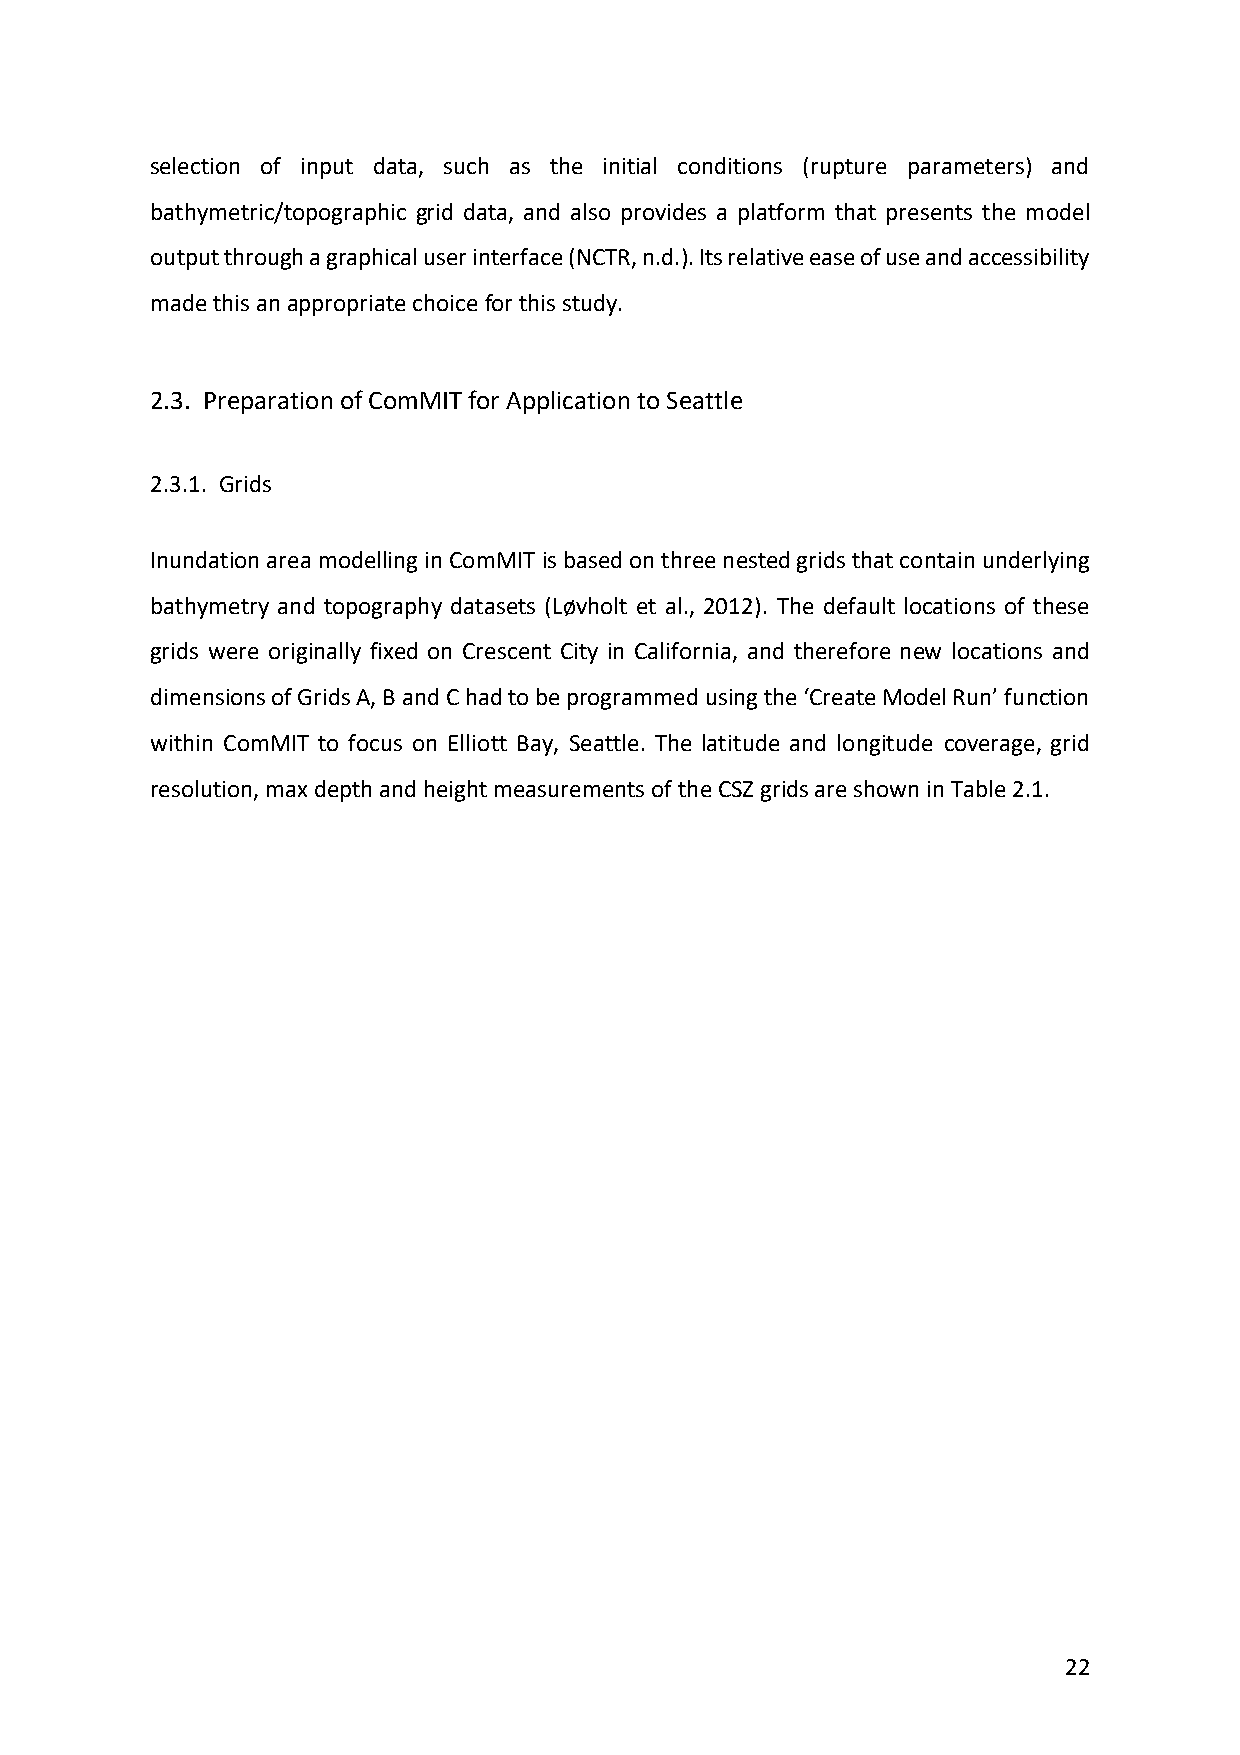
selection of input data, such as the initial conditions (rupture parameters) and
 bathymetric/topographic grid data, and also provides a platform that presents the model
 output through a graphical user interface (NCTR, n.d.). Its relative ease of use and accessibility
 made this an appropriate choice for this study.
 2.3. Preparation of ComMIT for Application to Seattle
 2.3.1. Grids
 Inundation area modelling in ComMIT is based on three nested grids that contain underlying
 bathymetry and topography datasets (Løvholt et al., 2012). The default locations of these
 grids were originally fixed on Crescent City in California, and therefore new locations and
 dimensions of Grids A, B and C had to be programmed using the ‘Create Model Run’ function
 within ComMIT to focus on Elliott Bay, Seattle. The latitude and longitude coverage, grid
 resolution, max depth and height measurements of the CSZ grids are shown in Table 2.1.
 22